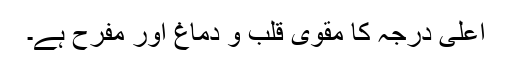
اعلیٰ درجہ کا مقوی قلب و دماغ اور مفرح ہے۔